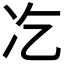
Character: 𠖯